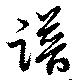
譜